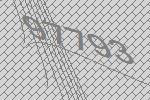
97793